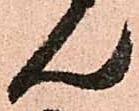
ん